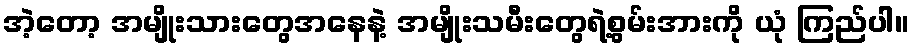
အဲ့တော့ အမျိုးသားတွေအနေနဲ့ အမျိုးသမီးတွေရဲ့စွမ်းအားကို ယုံ ကြည်ပါ။